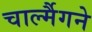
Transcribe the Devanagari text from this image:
चार्ल्मैगने